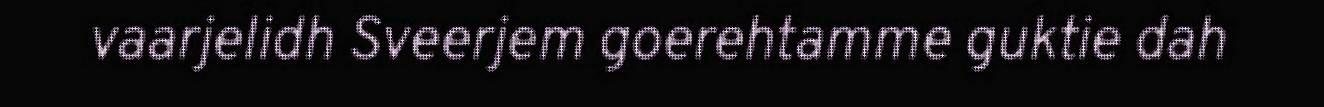
vaarjelidh Sveerjem goerehtamme guktie dah